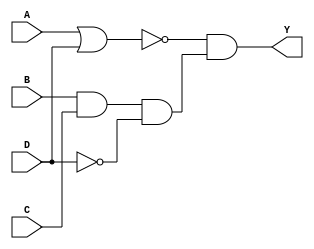
//Flie: comb_behavior.v

`timescale 1 ns / 1 ns

module comb_behavior(Y, A, B, C, D);
  output reg Y;
  input A, B, C, D;
  
  always @ (*)
  begin
    Y <= (~(A|D))&(B&C&(~D));
  end
endmodule